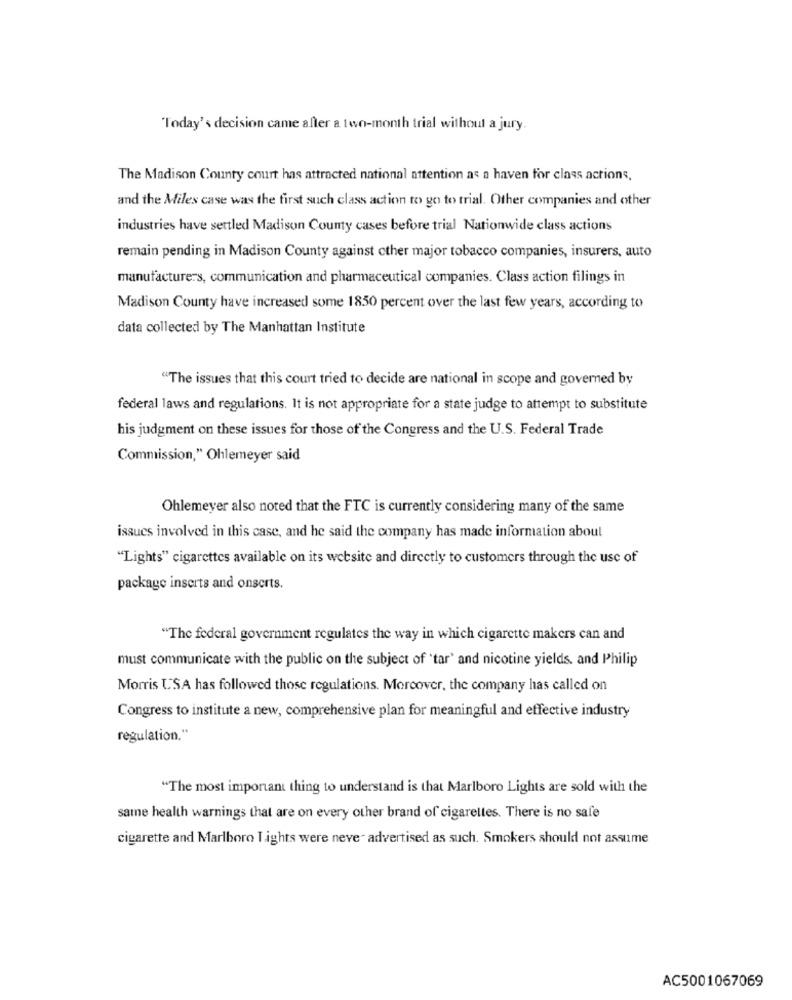
Today's decision came after a two-month trial without a jury.
The Madison County court has attracted national attention as a haven for class actions,
and the Miles case was the first such class action to go to trial. Other companies and other
industries have settled Madison County cases before trial Nationwide class actions
remain pending in Madison County against other major tobacco companies, insurers, auto
manufacturers, communication and pharmaceutical companies. Class action filings in
Madison County have increased some 1850 percent over the last few years, according to
data collected by The Manhattan Institute
"The issues that this court tried to decide are national in scope and governed by
federal laws and regulations. It is not appropriate for a state judge to attempt to substitute
his judgment on these issues for those of the Congress and the U.S. Federal Trade
Commission," Ohlemeyer said
Ohlemeyer also noted that the FTC is currently considering many of the same
issues involved in this case, and he said the company has made information about
"Lights" cigarettes available on its website and directly to customers through the use of
package inserts and onserts.
"The federal government regulates the way in which cigarette makers can and
must communicate with the public on the subject of 'tar' and nicotine yields, and Philip
Morris USA has followed those regulations. Moreover, the company has called on
Congress to institute a new, comprehensive plan for meaningful and effective industry
regulation."
"The most important thing to understand is that Marlboro Lights are sold with the
same health warnings that are on every other brand of cigarettes. There is no safe
cigarette and Marlboro Lights were neve- advertised as such. Smokers should not assume
AC5001067069